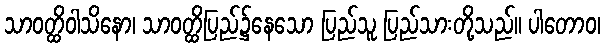
သာဝတ္ထိဝါသိနော၊ သာဝတ္ထိပြည်၌နေသော ပြည်သူ ပြည်သားတို့သည်။ ပါတောဝ၊